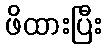
ဖိထားပြီး